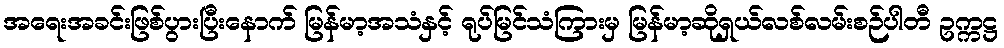
အရေးအခင်းဖြစ်ပွားပြီးနောက် မြန်မာ့အသံနှင့် ရုပ်မြင်သံကြားမှ မြန်မာ့ဆိုရှယ်လစ်လမ်းစဉ်ပါတီ ဥက္ကဋ္ဌ